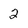
Character: 2